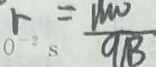
r = \frac { 1 m v } { 9 B }